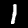
Digit: 1